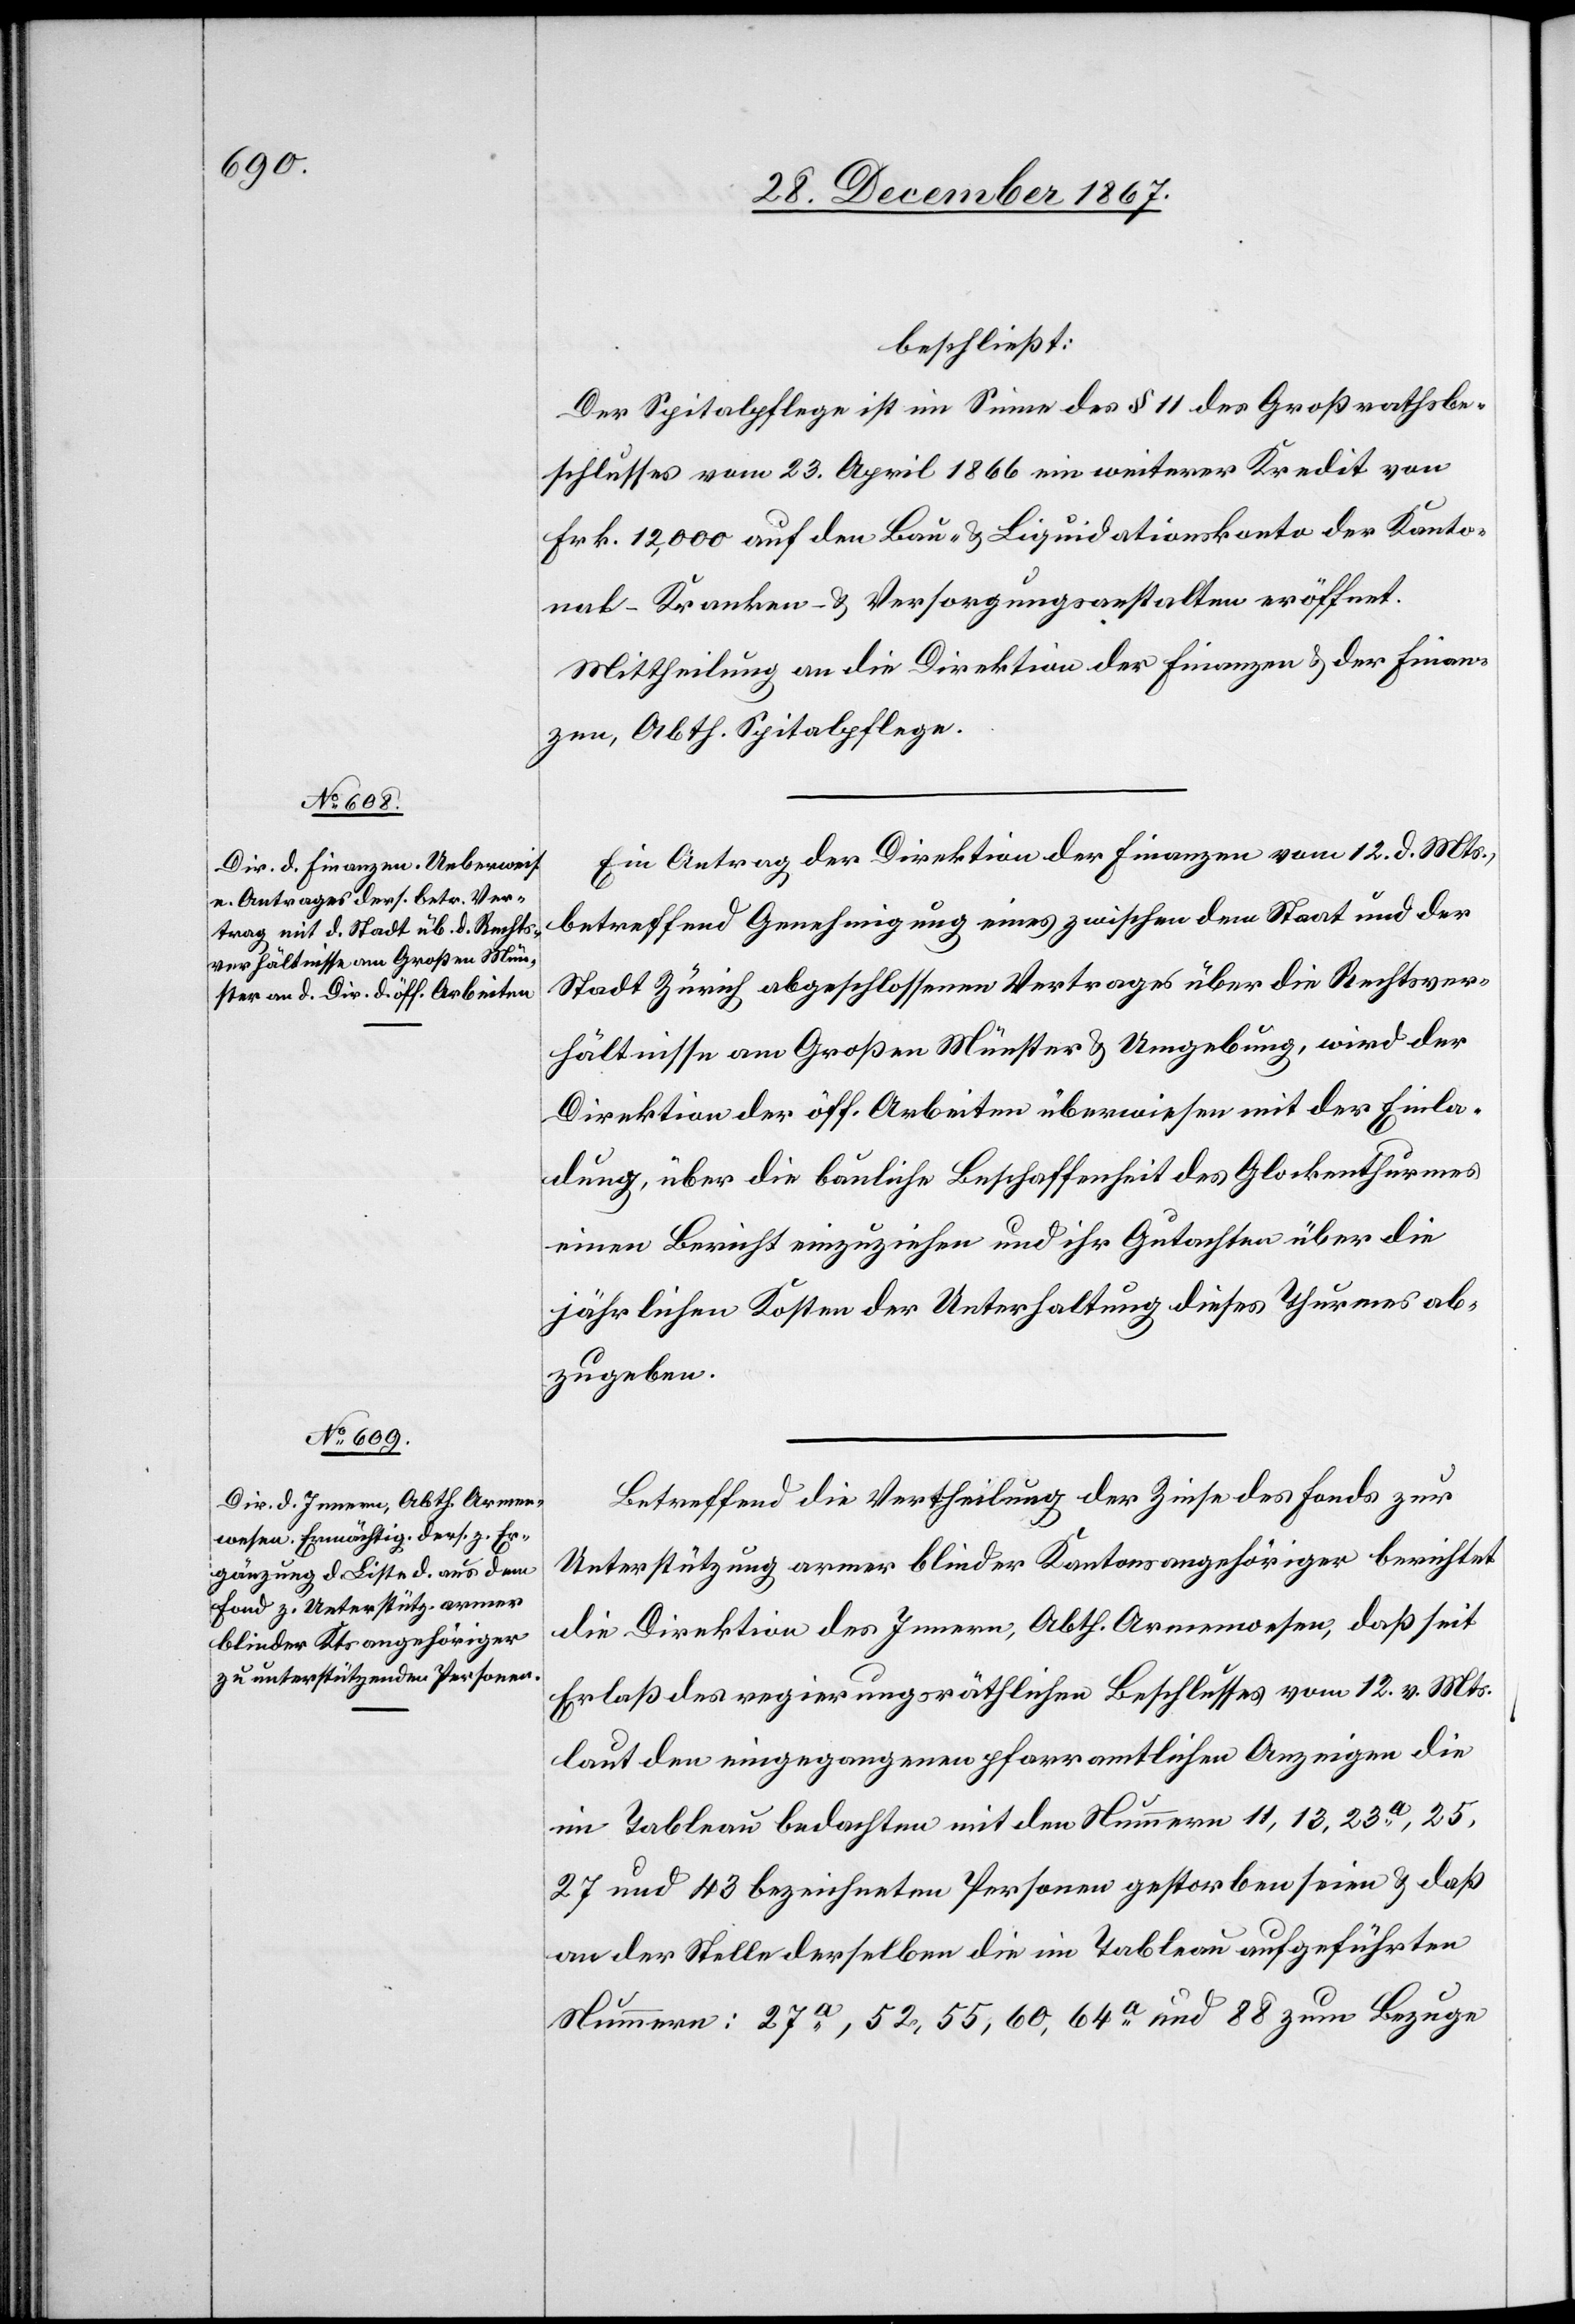
beschließt:
Der Spitalpflege ist im Sinne des § 11 des Großrathsbe¬
schlusses vom 23. April 1866 ein weiterer Kredit von
Frk. 12 000 auf den Bau- u. Liquidationskonto der Kanto¬
nal-Kranken- u. Versorgungsanstalten eröffnet.
Mittheilung an die Direktionen der Finanzen u. der Finan¬
zen, Abth. Spitalpflege.
Ein Antrag der Direktion der Finanzen vom 12. d. Mts.,
betreffend Genehmigung eines zwischen dem Staat und der
Stadt Zürich abgeschlossenen Vertrages über die Rechtsver¬
hältnisse am Großen Münster u. Umgebung, wird der
Direktion der öff. Arbeiten überwiesen mit der Einla¬
dung, über die bauliche Beschaffenheit des Glockenthurmes
einen Bericht einzuziehen und ihr Gutachten über die
jährlichen Kosten der Unterhaltung dieses Thurmes ab¬
zugeben.
Betreffend die Vertheilung der Zinse des Fonds zur
Unterstützung armer blinder Kantonsangehöriger berichtet
die Direktion des Innern, Abth. Armenwesen, daß seit
Erlaß des regierungsräthlichen Beschlusses vom 12. v. Mts.
laut den eingegangenen pfarramtlichen Anzeigen die
im Tableau bedachten mit den Nummern 11, 13, 23a, 25,
27 und 43 bezeichneten Personen gestorben seien u. daß
an der Stelle derselben die im Tableau aufgeführten
Nummern: 27a, 52, 55, 60, 64a und 88 zum Bezuge